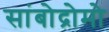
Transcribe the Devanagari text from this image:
सांबोद्रोमो